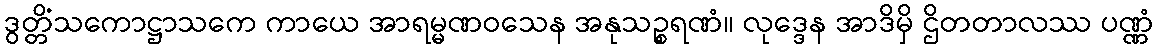
ဒွတ္တိံသကောဋ္ဌာသကေ ကာယေ အာရမ္မဏဝသေန အနုသဉ္စရဏံ။ လုဒ္ဒေန အာဒိမှိ ဌိတတာလဿ ပဏ္ဏံ